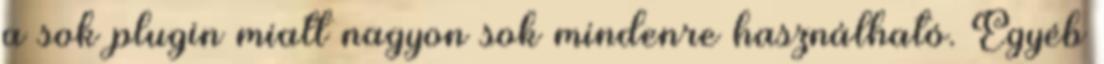
a sok plugin miatt nagyon sok mindenre használható. Egyéb